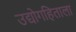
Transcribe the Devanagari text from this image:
उद्योगहिताला